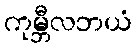
ကုမ္ဘီလဘယံ